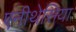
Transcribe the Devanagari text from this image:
एनीथेसिया